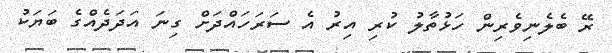
ރޭ ބެލެނިވެރިން ހަޅުތާލު ކުރި އިރު އެ ސަރަހައްދަށް ގިނަ އަދަދެއްގެ ބަޔަކު